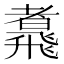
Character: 䬡